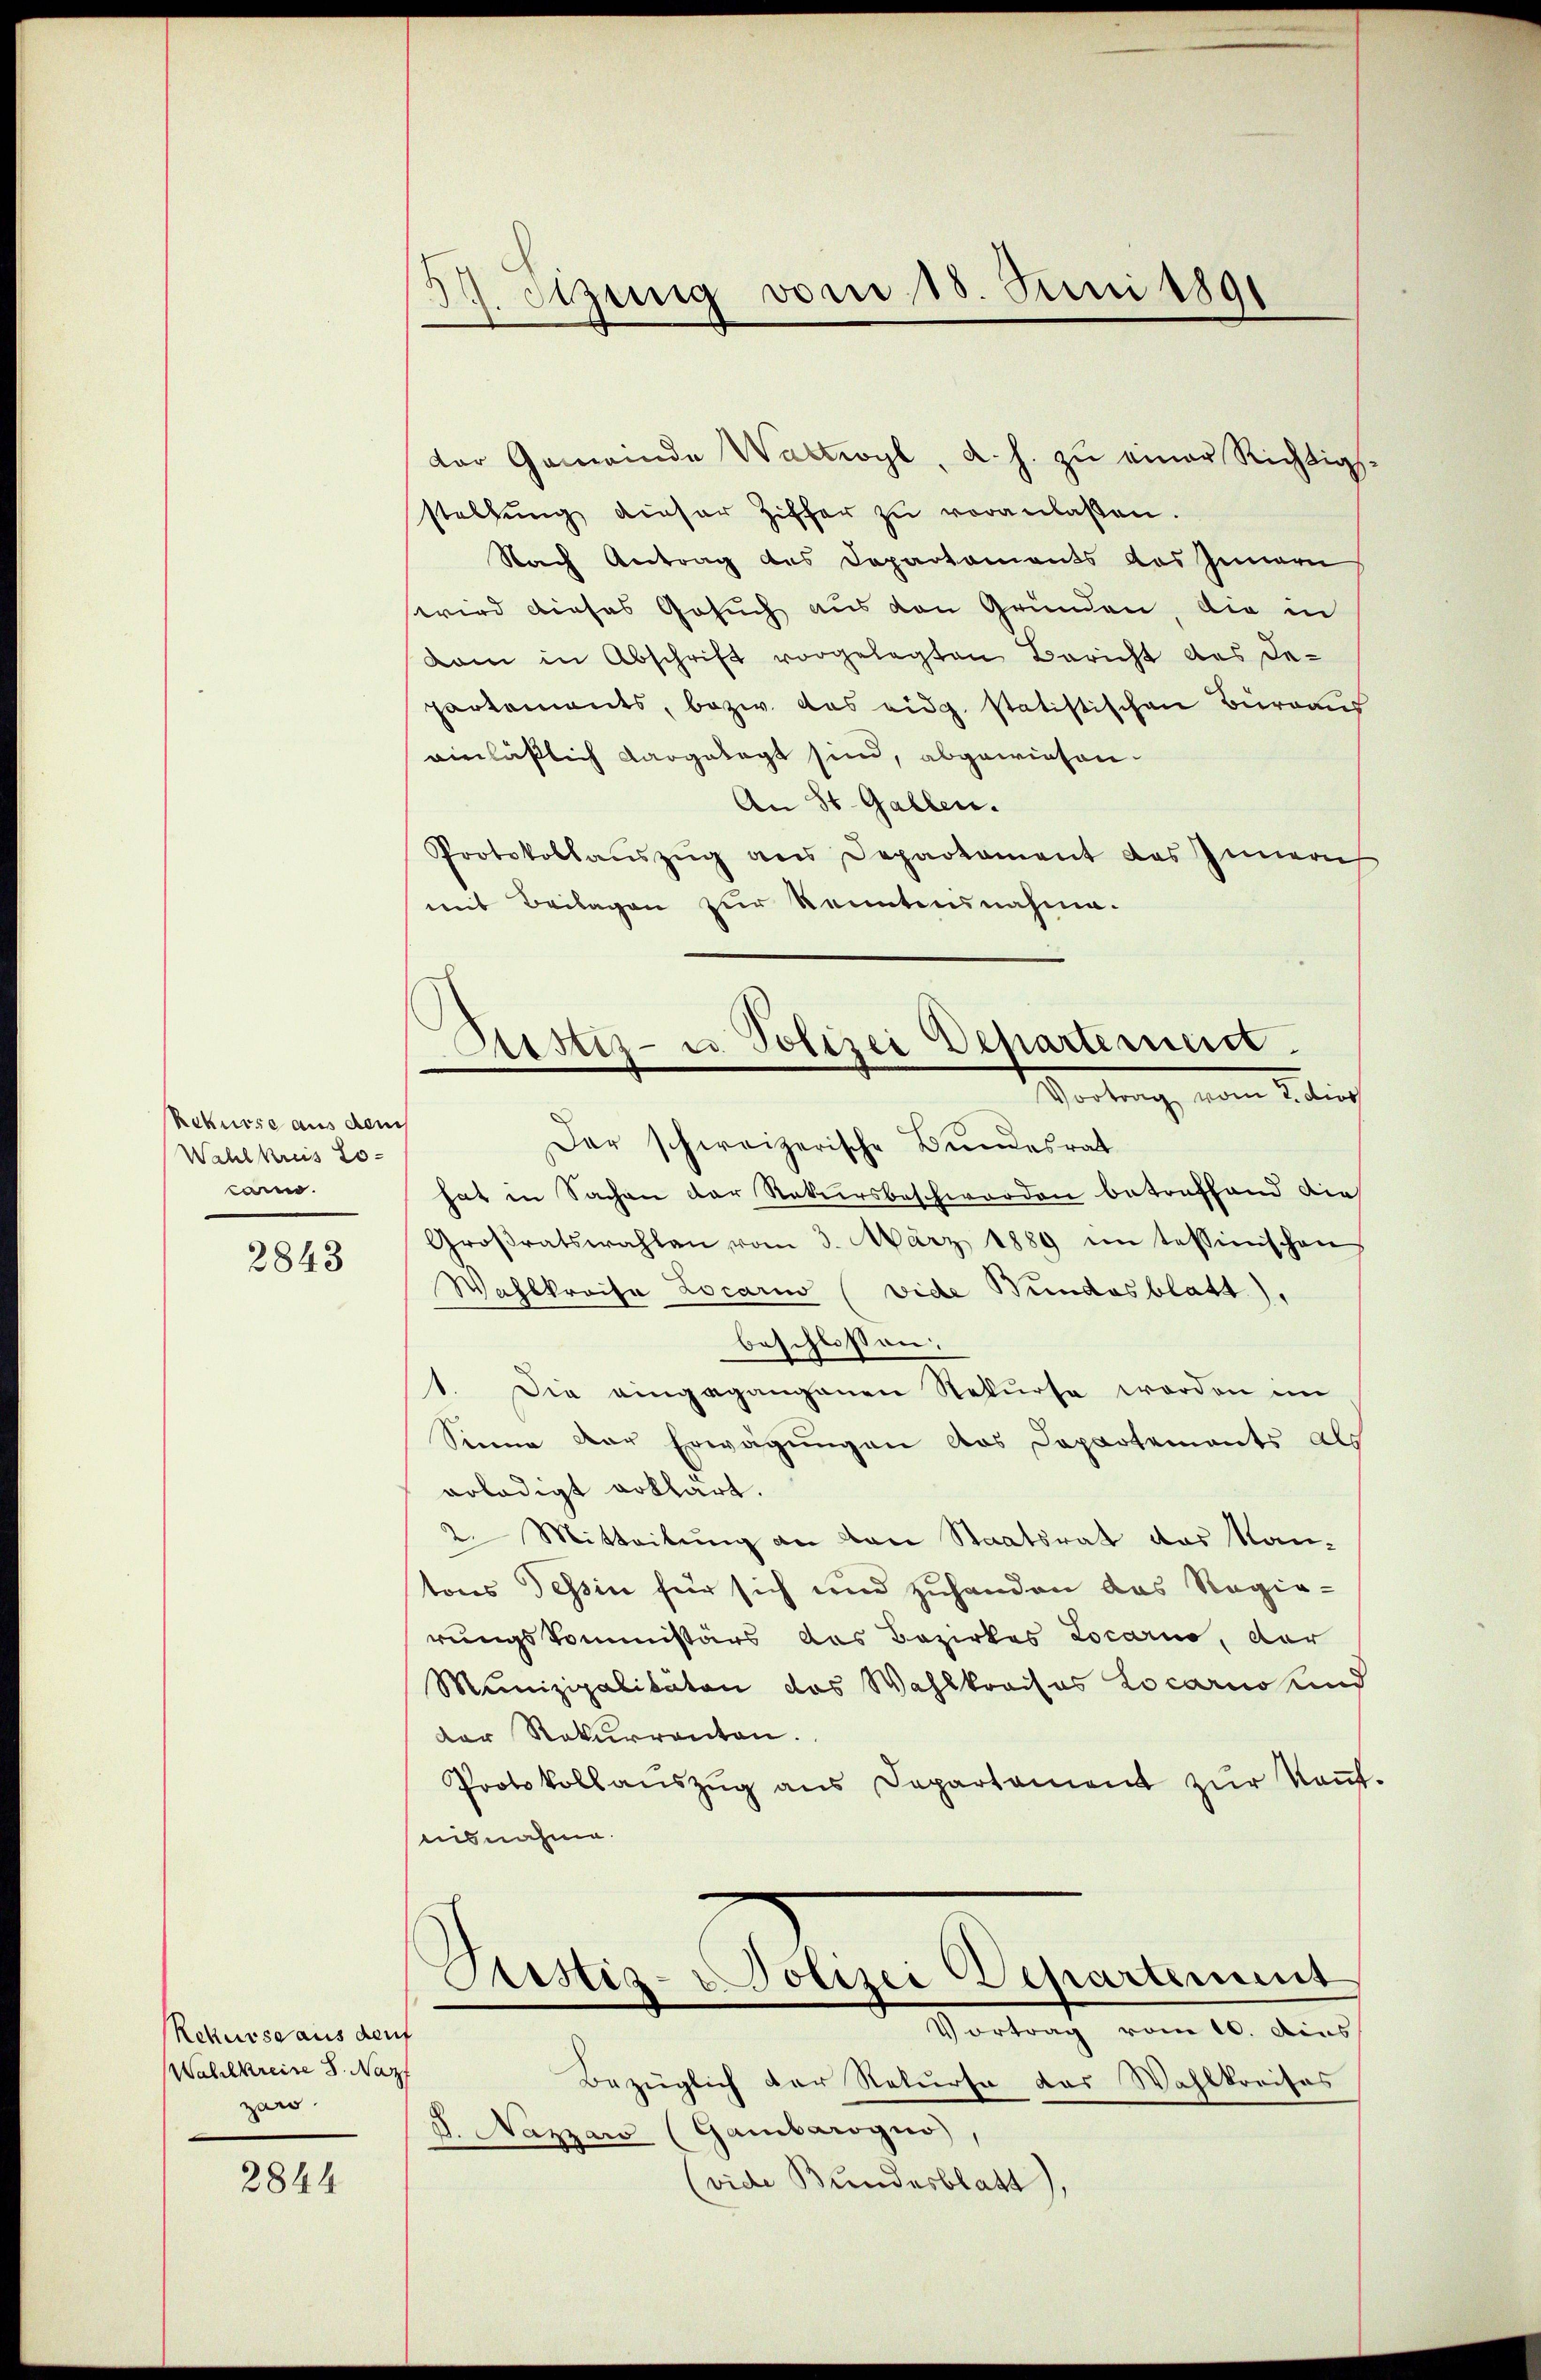
Rekurse aus dem
Wahlkreis Lo-
car.

2843

Rekurse aus derf
Wahlkreise 8. Nazf
zan

2844

J. Sigung vom 18. Juni 1891

dor Gemeinde Wattwyl, a. h. zu einer Richtigsstellung dieser Ziffer zŭ veranlaßen.
Nach Antrag des Departaments das Innern
wird dieses Gesuch aus den Gründen, die in
Lam in Abschrift vorgelegten Bericht des Departements, bezw. das eidg. statistischen Büreaus
einläßlich dargelegt sind, abgewiesen.
An St. Gallen.
Protokollaŭszŭg ans Departament des Innern
mit Beilagen zur konntensnahme.

Justiz- u. Polizei Departement.
Vortrag, wieden Leibding

Der schweizerische Bundesrat
hat in Sachen der Rekursbeschworden betreffend die
Großratswahlen vom 3. März 1889 im tessinischen
Wahlkreise Locario (vide Bundesblatt),
beschlossen:
1. Die eingegangenen Rekurse worden im
Sinne der Erwägungen das Departements als
erledigt erklärt.
2. Mitteilung an von Staatsrat das Kan-
tons Tessin für sich und zuhanden das Regie-
rungskommissärs das Bezirkes Locarno, der
Munizipalitäten das Wahlkreisas Locarno ind
der Rekurrenten.
Protokollaŭszŭg ans Departament zŭr Keṅt.
uisnahme.
Sistis- Polizei Departement
Vortrag vom 10. dies
Bezüglich der Rekurse das Wahlkreises
J. Nazzars (Gambarogno,
(vide Bundesblatt),